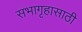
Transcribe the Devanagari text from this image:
सभागृहासाठी